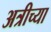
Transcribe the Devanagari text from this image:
अत्रीच्या